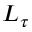
L _ { \tau }